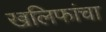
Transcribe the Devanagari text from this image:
खलिफांचा